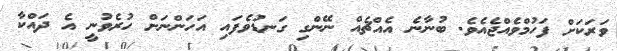
ވަރަކަށް ފަހުމްވެއްޖެއެވެ. ބުނާނެ އެއްޗެއް ނޭންގި ގަނޑުވެފައި އަހަންނަށް ހުރެވުނީ އެ ދައްކާ